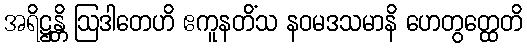
အရိဋ္ဌန္တိ ဩဒါတေဟိ ဧကူနတိံသ နဝမဒသမာနိ ဟေတွတ္ထေတိ